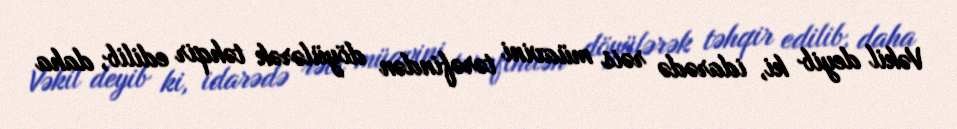
Vəkil deyib ki, idarədə rəis müavini tərəfindən döyülərək təhqir edilib, daha